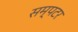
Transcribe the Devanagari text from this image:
सम्पटर